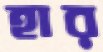
হার